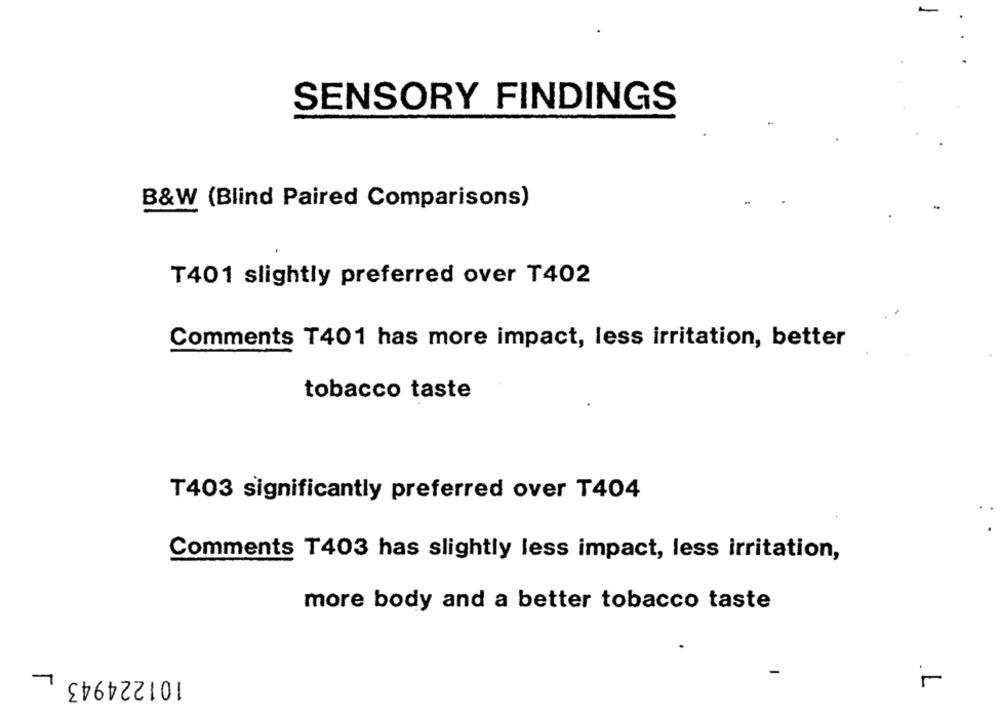
SENSORY FINDINGS
B&W (Blind Paired Comparisons)
T401 slightly preferred over T402
Comments T401 has more impact, less irritation, better
tobacco taste
T403 significantly preferred over T404
Comments T403 has slightly less impact, less irritation,
more body and a better tobacco taste
101224943